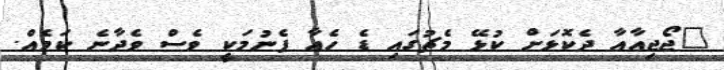
"ޖޯޖިއާއާ ދެކޮޅަށް ކުޅޭ މެޗުގައި ޑެ ހެއާ ފެނުމަކީ ވެސް ވެދާނެ ކަމެއް.